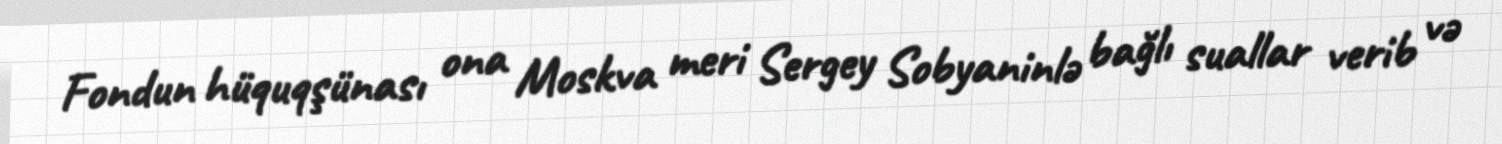
Fondun hüquqşünası ona Moskva meri Sergey Sobyaninlə bağlı suallar verib və